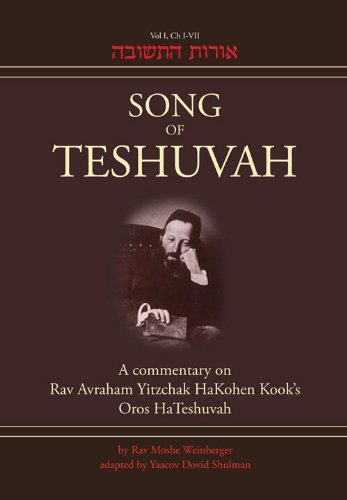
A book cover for Song of Teshuvah: Book One: A Commentary on Rav Avraham Yitzchak HaKohen Kook's Oros HaTeshuvah, 1: I-VII; Rav Moshe Weinberger; Religion & Spirituality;